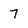
Character: 7